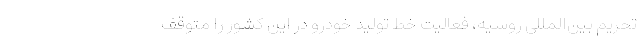
تحریم بین‌المللی روسیه، فعالیت خط تولید خودرو در این کشور را متوقف